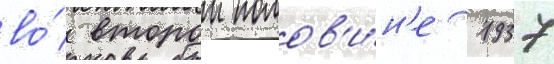
во́ второи полов'и́н'е 1937